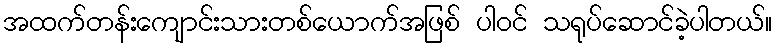
အထက်တန်းကျောင်းသားတစ်ယောက်အဖြစ် ပါဝင် သရုပ်ဆောင်ခဲ့ပါတယ်။